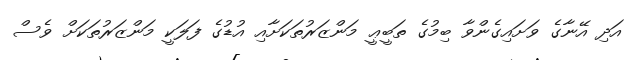
އަދި އޭނާގެ ވަށައިގެންވާ ބިމުގެ ތަބީޢީ މަންޒަރުތަކަށާއި އުޑުގެ ފަލަކީ މަންޒަރުތަކަށް ވެސް